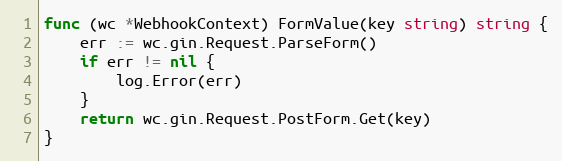
Language: Go
func (wc *WebhookContext) FormValue(key string) string {
	err := wc.gin.Request.ParseForm()
	if err != nil {
		log.Error(err)
	}
	return wc.gin.Request.PostForm.Get(key)
}